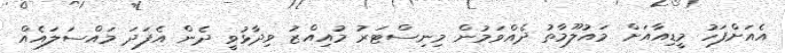
އެއަށްފަހު މީޑިއާއަށް މައުލޫމާތު ދެއްވަމުން މިނިސްޓަރު މުއިއްޒު ވިދާޅުވީ ދެން އެފަދަ މައްސަލައެއް